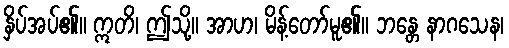
နှိပ်အပ်၏။ ဣတိ၊ ဤသို့။ အာဟ၊ မိန့်တော်မူ၏။ ဘန္တေ နာဂသေန၊